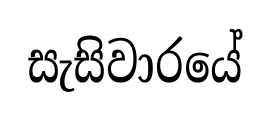
සැසිවාරයේ